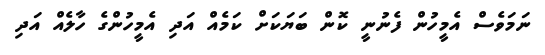
ނަމަވެސް އެމީހުން ފެނުނީ ކޮން ބަޔަކަށް ކަމެއް އަދި އެމީހުންގެ ހާލެއް އަދި